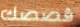
قصصك